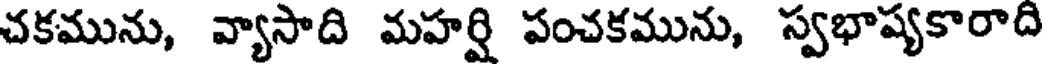
చకమును, వ్యాసాది మహర్షి పంచకమును, స్వభాష్యకారాది